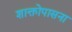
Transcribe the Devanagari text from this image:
शाक्तोपासना